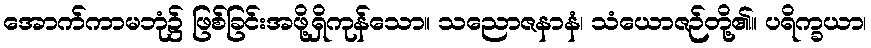
အောက်ကာမဘုံ၌ ဖြစ်ခြင်းအဖို့ရှိကုန်သော။ သညောဇနာနံ၊ သံယောဇဉ်တို့၏။ ပရိက္ခယာ၊